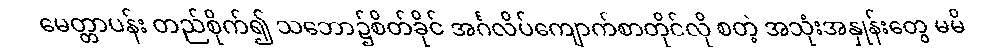
မေတ္တာပန်း တည်စိုက်၍ သဘော၌စိတ်ခိုင် အင်္ဂလိပ်ကျောက်စာတိုင်လို စတဲ့ အသုံးအနှုန်းတွေ မမိ